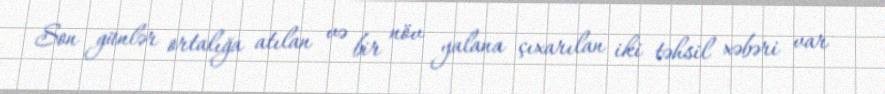
Son günlər ortalığa atılan və bir növ yalana çıxarılan iki təhsil xəbəri var